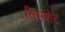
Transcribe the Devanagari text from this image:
तिमशेट